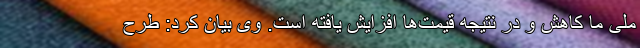
ملی ما کاهش و در نتیجه قیمت‌ها افزایش یافته است. وی بیان کرد: طرح